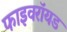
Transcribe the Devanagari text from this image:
फाइवरॉयड